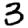
Digit: 3